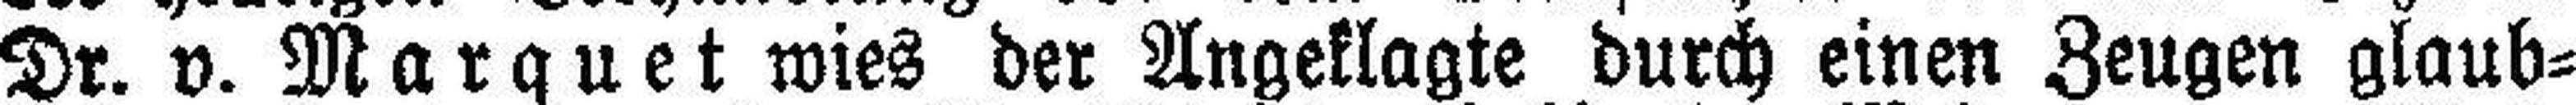
Dr. v. Marquet wies der Angeklagte durch einen Zeugen glaub¬